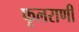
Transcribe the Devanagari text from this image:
फूलराणी